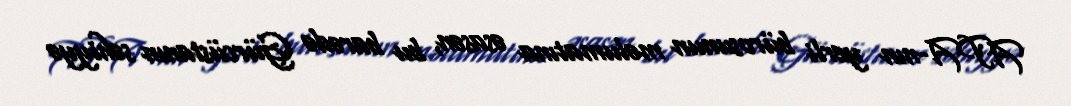
APA-nın yerli bürosunun məlumatına əsasən, bu barədə Gürcüstanın səhiyyə